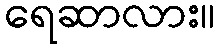
ရေဆာလား။